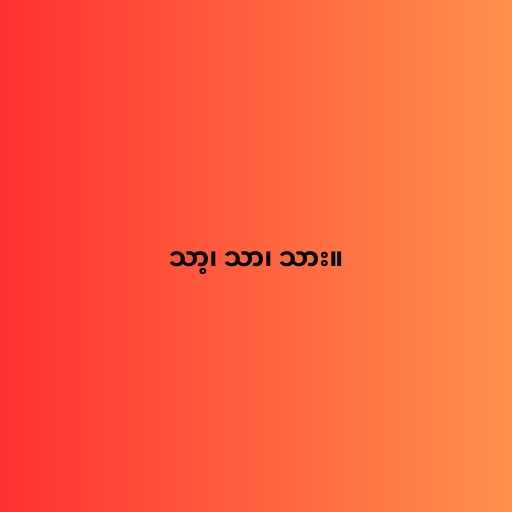
သာ့၊ သာ၊ သား။